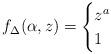
LaTeX: \begin{align*}f_{\Delta}(\alpha, z) = \begin{cases}z^{a}&\\1&\end{cases}\end{align*}